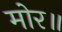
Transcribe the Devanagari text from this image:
मोर॥